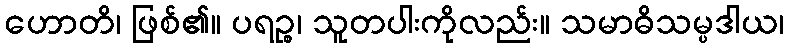
ဟောတိ၊ ဖြစ်၏။ ပရဉ္စ၊ သူတပါးကိုလည်း။ သမာဓိသမ္ပဒါယ၊